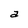
Character: a